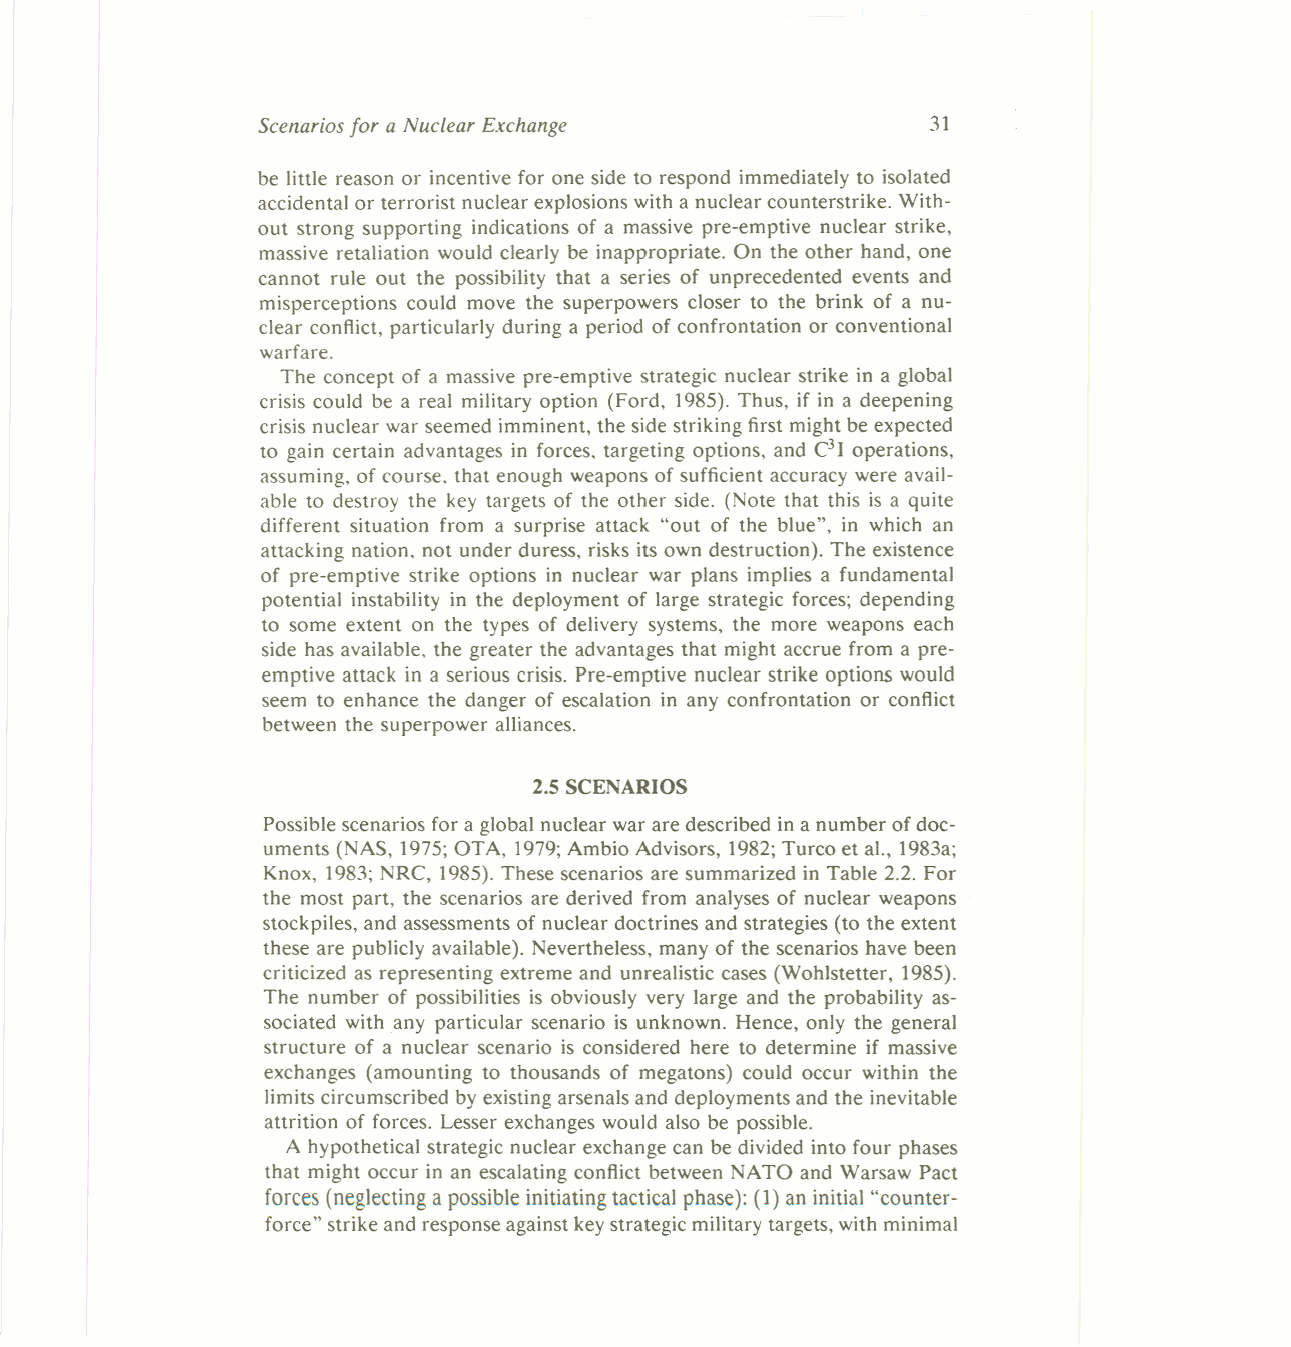
31
 Scenarios for a Nuclear Exchange
 be little reason or incentive for one side to respond immediately to isolated
 accidental or terrorist nuclear explosions with a nuclear counterstrike. With-
 out strong supporting indications of a massive pre-emptive nuclear strike,
 massive retaliation would clearly be inappropriate. On the other hand, one
 cannot rule out the possibility that a series of unprecedented events and
 misperceptions could move the superpowers closer to the brink of a nu-
 clear conflict, particularly during a period of confrontation or conventional
 warfare.
 The concept of a massive pre-emptive strategic nuclear strike in a global
 crisis could be a real military option (Ford, 1985). Thus, if in a deepening
 crisis nuclear war seemed imminent, the side striking first might be expected
 to gain certain advantages in forces, targeting options, and C3I operations,
 assuming, of course. that enough weapons of sufficient accuracy were avail-
 able to destroy the key targets of the other side. (Note that this is a quite
 different situation from a surprise attack "out of the blue", in which an
 attacking nation. not under duress, risks its own destruction). The existence
 of pre-emptive strike options in nuclear war plans implies a fundamental
 potential instability in the deployment of large strategic forces; depending
 to some extent on the types of delivery systems, the more weapons each
 side has available, the greater the advantages that might accrue from a pre-
 emptive attack in a serious crisis. Pre-emptive nuclear strike options would
 seem to enhance the danger of escalation in any confrontation or conflict
 between the superpower alliances.
 2.5 SCENARIOS
 Possible scenarios for a global nuclear war are described in a number of doc-
 uments (NAS, 1975; OTA, 1979;Ambio Advisors, 1982;Turco et aI., 1983a;
 Knox, 1983; NRC, 1985). These scenarios are summarized in Table 2.2. For
 the most part, the scenarios are derived from analyses of nuclear weapons
 stockpiles, and assessments of nuclear doctrines and strategies (to the extent
 these are publicly available). Nevertheless, many of the scenarios have been
 criticized as representing extreme and unrealistic cases (Wohlstetter, 1985).
 The number of possibilities is obviously very large and the probability as-
 sociated with any particular scenario is unknown. Hence, only the general
 structure of a nuclear scenario is considered here to determine if massive
 exchanges (amounting to thousands of megatons) could occur within the
 limits circumscribed byexisting arsenals and deployments and the inevitable
 attrition of forces. Lesser exchanges would also be possible.
 A hypothetical strategic nuclear exchange can be divided into four phases
 that might occur in an escalating conflict between NATO and Warsaw Pact
 forces(neglecting apossible initiating tactical phase): (1) an initial "counter-
 force" strike and response against keystrategic military targets, with minimal